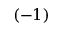
( - 1 )